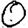
Digit: 0